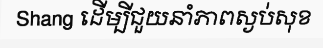
Shang ដើម្បីជួយនាំភាពស្ងប់សុខ